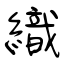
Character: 織